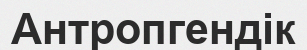
Антропгендік